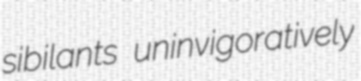
sibilants uninvigoratively